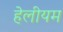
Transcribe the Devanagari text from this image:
हेलीयम